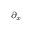
\scriptstyle \partial _ { x }